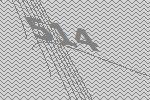
514